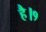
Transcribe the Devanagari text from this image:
है।१